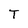
Character: T